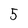
Character: 5